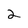
Character: 2